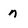
Character: n